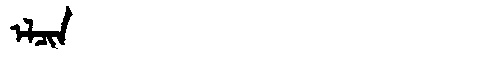
Manchu: ᡝᠯᠴᡳᠨ
Romanization: ELCIN